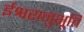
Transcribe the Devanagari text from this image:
ईश्वरानुभूति